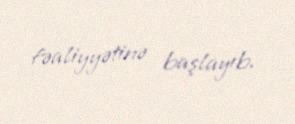
fəaliyyətinə başlayıb.